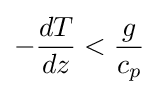
-{\frac {dT}{dz}}<{\frac {g}{c_{p}}}